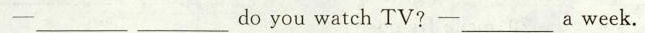
--_________doyou watch TV?-_________a week.